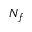
N _ { f }